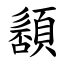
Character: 䫠